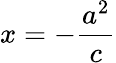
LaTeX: x=-{\frac{a^{2}}{c}}